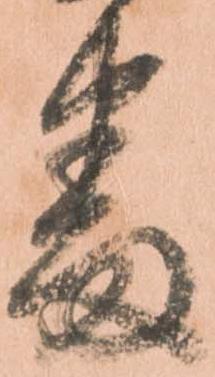
番